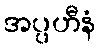
အပ္ပဟီနံ